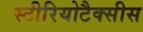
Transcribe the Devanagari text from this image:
स्टीरियोटैक्सीस